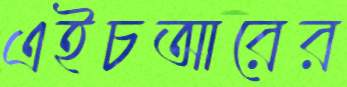
এইচআরের